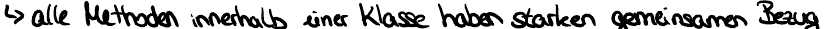
-> alle Methoden innerhalb einer Klasse haben starken gemeinsamen Bezug